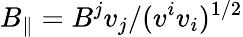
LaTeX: B_{\parallel}=B^{j}v_{j}/(v^{i}v_{i})^{1/2}